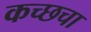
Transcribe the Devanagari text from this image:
कच्छचा